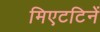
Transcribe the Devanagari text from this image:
मिएटटिनें